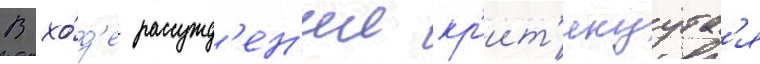
В хо́д'е рассужд'ен'ии кр'ит'икуутс'я